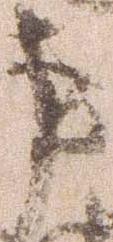
事